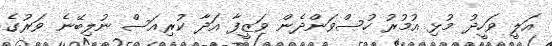
އަލީ ވަހީދު މުޅި އުމުރު ހުސްވަންދެން ވަޒީފާ އަދާ ކުރިއަސް ނުލިބޭނެ ވަރުގެ